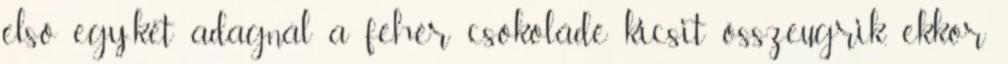
első egy-két adagnál a fehér csokoládé kicsit összeugrik, ekkor